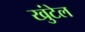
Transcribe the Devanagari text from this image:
खुंटेल